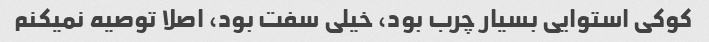
کوکی استوایی بسیار چرب بود، خیلی سفت بود، اصلا توصیه نمیکنم